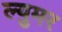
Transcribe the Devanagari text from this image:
ल्युमर